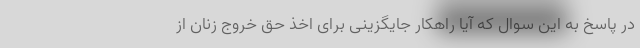
در پاسخ به این سوال که آیا راهکار جایگزینی برای اخذ حق خروج زنان از